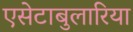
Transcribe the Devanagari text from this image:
एसेटाबुलारिया